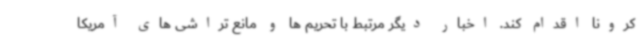
کرونا اقدام کند. اخبار دیگر مرتبط با تحریم ها و مانع تراشی های آمریکا